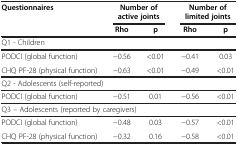
| <ROWSPAN=2> Questionnaires | <COLSPAN=2> Number of active joints | <COLSPAN=2> Number of limited joints |
 | Rho | p | Rho | p |
 | --- | --- | --- | --- | --- |
 | <COLSPAN=5> Q1 - Children |
 | PODCI (global function) | -0.56 | <0.01 | -0.41 | 0.03 |
 | CHQ PF-28 (physical function) | -0.63 | <0.01 | -0.49 | <0.01 |
 | <COLSPAN=5> Q2 - Adolescents (self-reported) |
 | PODCI (global function) | -0.51 | 0.01 | -0.56 | <0.01 |
 | <COLSPAN=5> Q3 – Adolescents (reported by caregivers) |
 | PODCI (global function) | -0.48 | 0.03 | -0.57 | <0.01 |
 | CHQ PF-28 (physical function) | -0.32 | 0.16 | -0.58 | <0.01 |